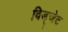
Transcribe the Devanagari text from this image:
विड्जेट